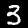
Digit: 3